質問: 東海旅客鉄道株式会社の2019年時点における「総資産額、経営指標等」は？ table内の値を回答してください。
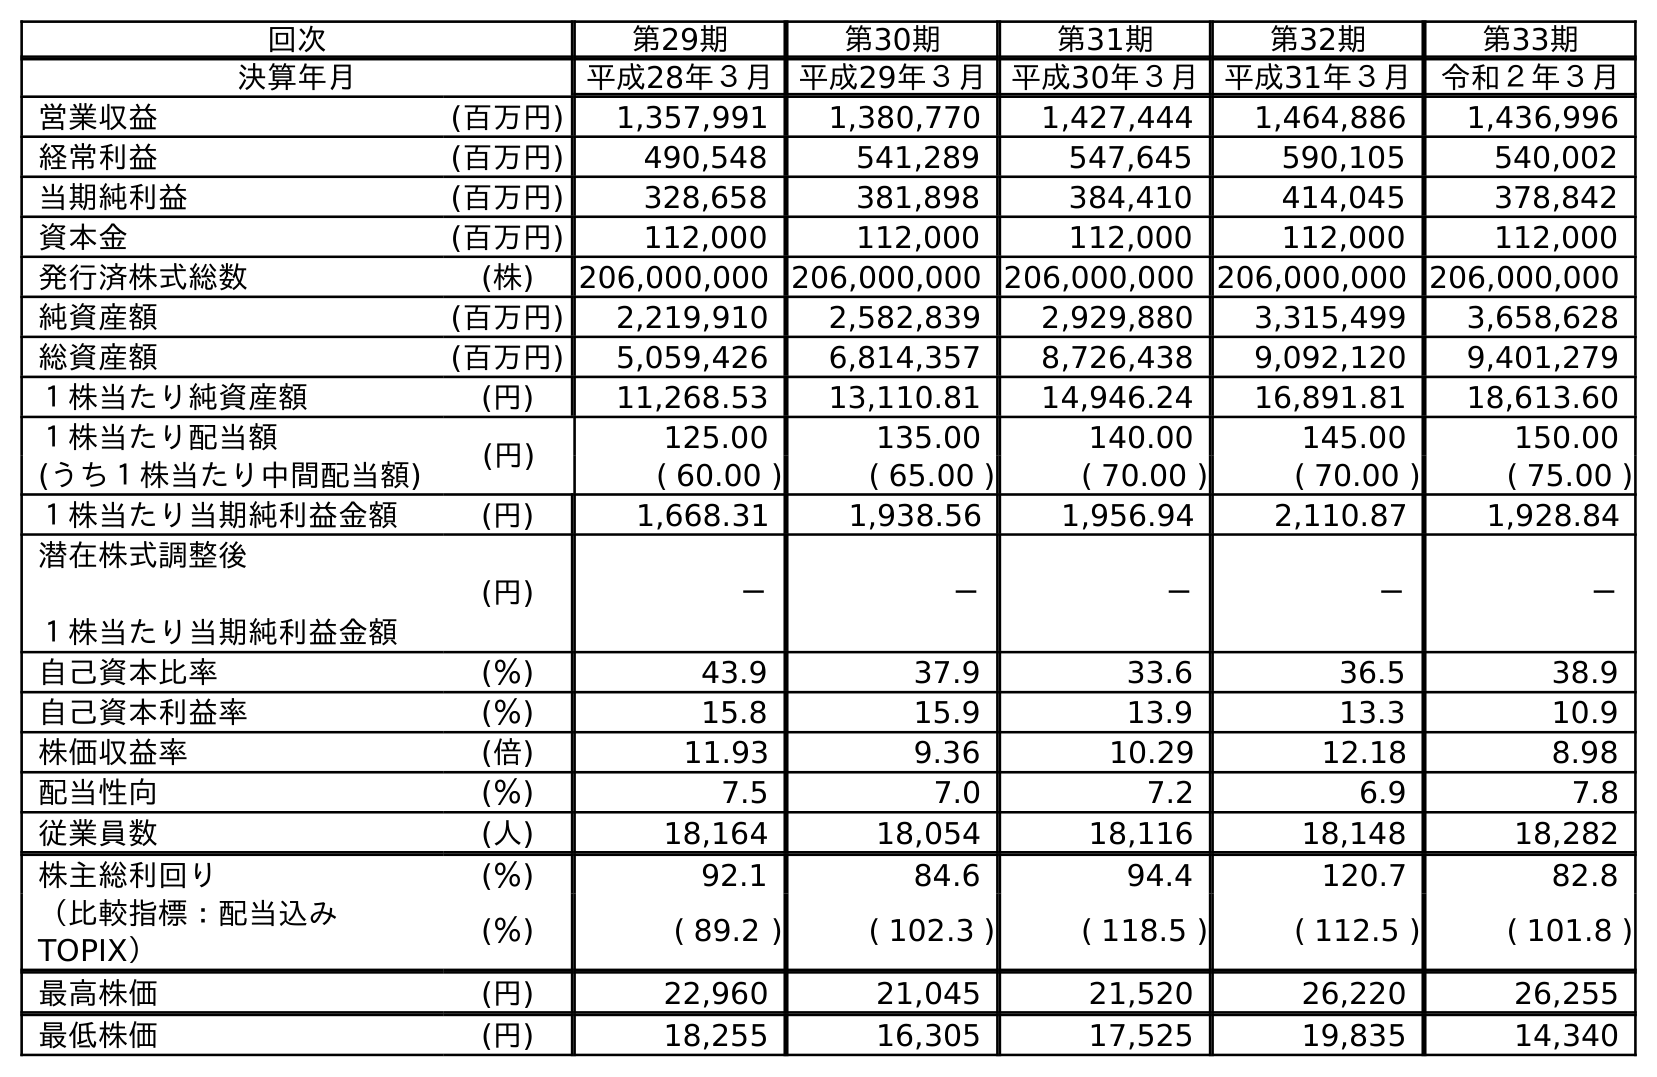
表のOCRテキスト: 回次 第29期 第30期 第31期 第32期 第33期 決算年月 平成28年３月 平成29年３月 平成30年３月 平成31年３月 令和２年３月 営業収益 (百万円) 1,357,991 1,380,770 1,427,444 1,464,886 1,436,996 経常利益 (百万円) 490,548 541,289 547,645 590,105 540,002 当期純利益 (百万円) 328,658 381,898 384,410 414,045 378,842 資本金 (百万円) 112,000 112,000 112,000 112,000 112,000 発行済株式総数 (株) 206,000,000 206,000,000 206,000,000 206,000,000 206,000,000 純資産額 (百万円) 2,219,910 2,582,839 2,929,880 3,315,499 3,658,628 総資産額 (百万円) 5,059,426 6,814,357 8,726,438 9,092,120 9,401,279 １株当たり純資産額 (円) 11,268.53 13,110.81 14,946.24 16,891.81 18,613.60 １株当たり配当額 (円) 125.00 135.00 140.00 145.00 150.00 (うち１株当たり中間配当額) ( 60.00 ) ( 65.00 ) ( 70.00 ) ( 70.00 ) ( 75.00 ) １株当たり当期純利益金額 (円) 1,668.31 1,938.56 1,956.94 2,110.87 1,928.84 潜在株式調整後 １株当たり当期純利益金額 (円) － － － － － 自己資本比率 (％) 43.9 37.9 33.6 36.5 38.9 自己資本利益率 (％) 15.8 15.9 13.9 13.3 10.9 株価収益率 (倍) 11.93 9.36 10.29 12.18 8.98 配当性向 (％) 7.5 7.0 7.2 6.9 7.8 従業員数 (人) 18,164 18,054 18,116 18,148 18,282 株主総利回り (％) 92.1 84.6 94.4 120.7 82.8 （比較指標：配当込み TOPIX） (％) ( 89.2 ) ( 102.3 ) ( 118.5 ) ( 112.5 ) ( 101.8 ) 最高株価 (円) 22,960 21,045 21,520 26,220 26,255 最低株価 (円) 18,255 16,305 17,525 19,835 14,340
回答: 9,092,120